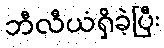
ဘီလီယံရှိခဲ့ပြီး